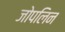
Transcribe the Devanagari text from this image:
जोपलिन